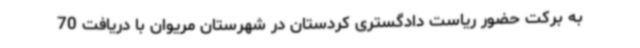
به برکت حضور ریاست دادگستری کردستان در شهرستان مریوان با دریافت 70